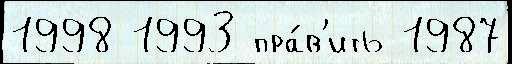
1998 1993 пра́в'ить 1987